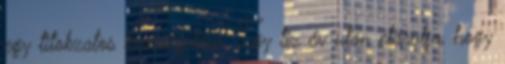
egy titokzatos beszélgetése. Így tíz év után elárulja, hogy